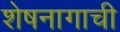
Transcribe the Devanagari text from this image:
शेषनागाची